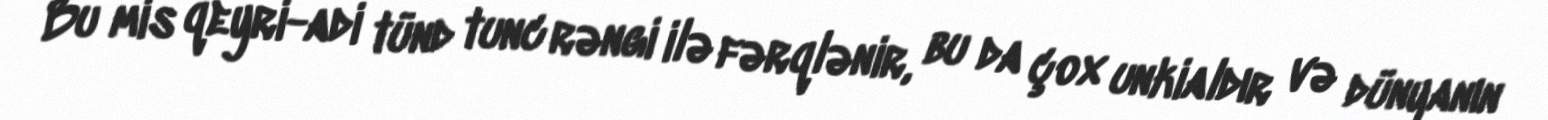
Bu mis qeyri-adi tünd tunc rəngi ilə fərqlənir, bu da çox unkialdır və dünyanın